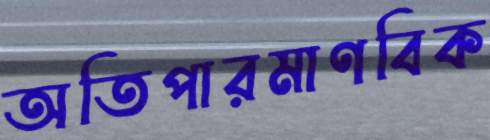
অতিপারমাণবিক